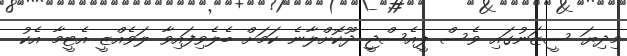
މިދިޔަ ސީޒަނުގައި ވެސް ޕީއެސްޖީ ދޫކޮށްލާނެ ކަމަށް ބެލެވިފައިވާ ލަވެއްޒީ އެޓީމާ އެކު